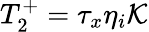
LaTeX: T_{2}^{+}=\tau_{x}\eta_{i}\mathcal{K}